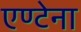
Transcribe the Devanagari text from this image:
एण्टेना